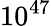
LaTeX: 10^{47}